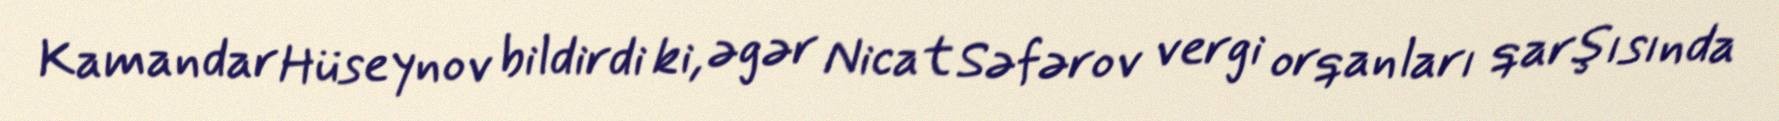
Kamandar Hüseynov bildirdi ki, əgər Nicat Səfərov vergi orqanları qarşısında